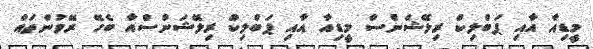
މީޑިއާ އާއި ޕަބްލިކް ރިލޭޝަންސް މީޑިއާ އާއި ޕަަބްލިކް ރިލޭޝަންސްއާ ބެހޭ ރޭވުންތައް